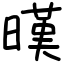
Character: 暵